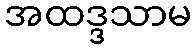
အထဒ္ဒသာမ